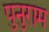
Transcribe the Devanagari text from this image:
पुनुराम